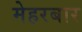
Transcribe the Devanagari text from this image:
मेहरबार